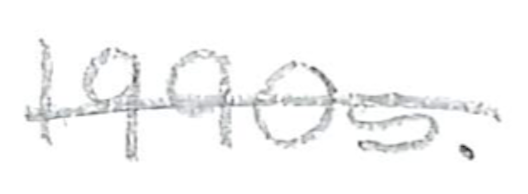
Text: 1990s.
Cross-out: single-line
Writing tool: pencil